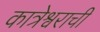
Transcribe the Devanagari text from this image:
कात्रेश्वराची